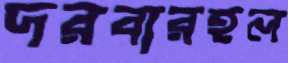
দরবারহল